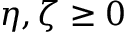
\eta , \zeta \geq 0